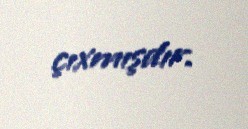
çıxmışdır.